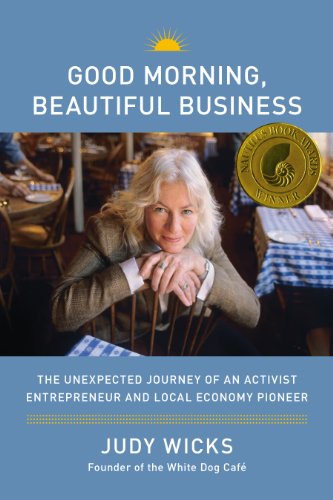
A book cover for Good Morning, Beautiful Business: The Unexpected Journey of an Activist Entrepreneur and Local-Economy Pioneer; Judy Wicks; Travel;